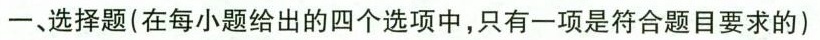
一、选择题(在每小题给出的四个选项中，只有一项是符合题目要求的)